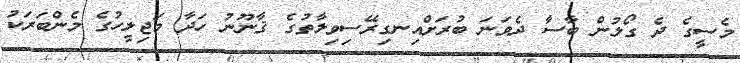
މެސީގެ ދެ ގޯލުން ބާސާ ދެވަނަ ބުރަށްއިނގިރޭސިވިލާތުގެ ޤާނޫނު ހަދާ މަޖިލީހުގެ މެންބަރަކު